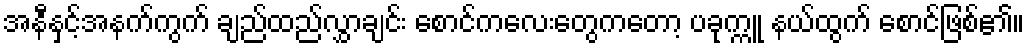
အနီနှင့်အနက်ကွက် ချည်ထည်လွှာချင်း စောင်ကလေးတွေကတော့ ပခုက္ကူ နယ်ထွက် စောင်ဖြစ်၏။